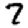
Digit: 7